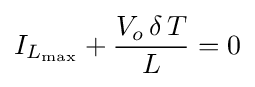
I_{L_{\text{max}}}+{\frac {V_{o}\,\delta \,T}{L}}=0